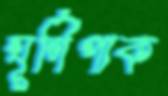
ঘূর্ণিপাক